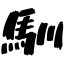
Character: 馴